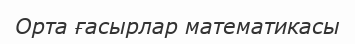
Орта ғасырлар математикасы